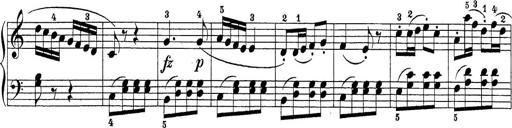
Title: Sonatina Album
Composer: Louis KÃ¶hler